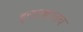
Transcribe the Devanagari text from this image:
इलाख्यातच